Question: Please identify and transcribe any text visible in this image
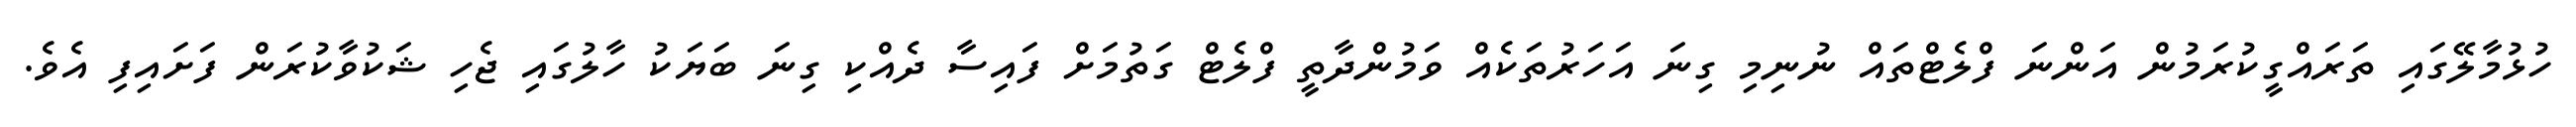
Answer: ހުޅުމާލޭގައި ތަރައްގީކުރަމުން އަންނަ ފްލެޓްތައް ނުނިމި ގިނަ އަހަރުތަކެއް ވަމުންދާތީ ފްލެޓް ގަތުމަށް ފައިސާ ދެއްކި ގިނަ ބަޔަކު ހާލުގައި ޖެހި ޝަކުވާކުރަން ފަށައިފި އެވެ.